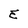
Character: E